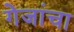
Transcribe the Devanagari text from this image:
गेजांचा